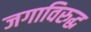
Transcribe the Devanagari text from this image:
जगाविरुद्ध